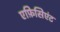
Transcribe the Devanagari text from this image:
एफ़िसिएंट